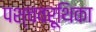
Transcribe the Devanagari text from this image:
पश्चवरूथिका